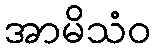
အာမိသံဝ